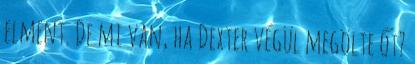
elment. De mi van, ha Dexter végül megölte őt?